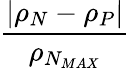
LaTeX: \frac{|\rho_{N}-\rho_{P}|}{\rho_{N_{MAX}}}